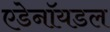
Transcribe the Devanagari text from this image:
एडेनॉयडल